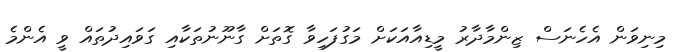
މިނިވަން އެހެނަސް ޒިންމާދާރު މީޑިއާއަކަށް މަގުފަހިވާ ގޮތަށް ގާނޫނުތަކާއި ގަވައިދުތައް ވީ އެންމެ